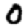
Digit: 0